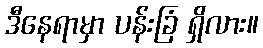
ဒီနေရာမှာ ပန်းခြံ ရှိလား။